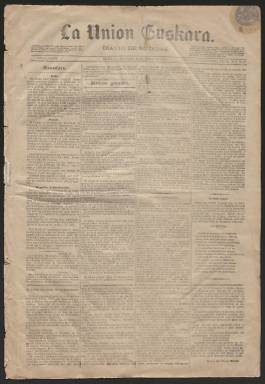
Título: La Unión euskara
Colección: Periódicos
Ámbito geográfico: Vizcaya
Lugar de publicación: Bilbao
Fechas: 13/01/1881-13/01/1881